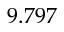
9 . 7 9 7